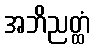
အဘိညတ္ထံ